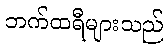
ဘက်ထရီများသည်